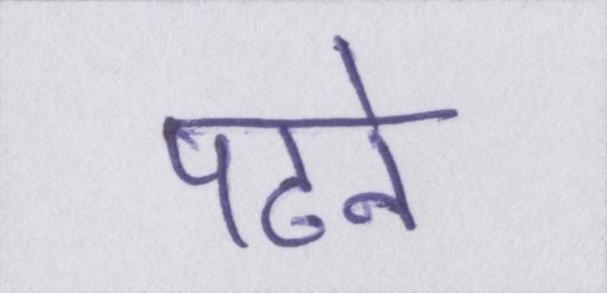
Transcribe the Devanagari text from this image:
पढने